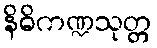
နိဓိကဏ္ဍသုတ္တ